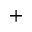
^ +